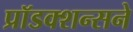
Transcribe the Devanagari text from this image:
प्रॉडक्शन्सने